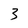
Character: 3